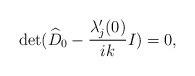
LaTeX: \begin{align*}\det(\widehat{D}_{0} - \frac{\lambda_{j}'(0)}{ik}I) = 0,\end{align*}